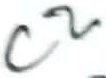
Text: C2